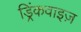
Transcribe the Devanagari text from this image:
ड्रिंकवाइज़